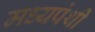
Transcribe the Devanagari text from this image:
मध्यपंथी